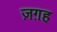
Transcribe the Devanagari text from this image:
ज़ग़ह